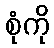
စုံကို